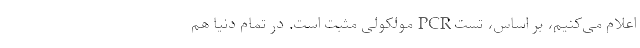
اعلام می‌کنیم، بر اساس، تست PCR مولکولی مثبت است. در تمام دنیا هم